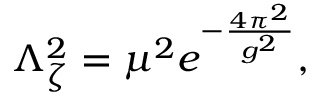
\Lambda _ { \zeta } ^ { 2 } = \mu ^ { 2 } e ^ { - \frac { 4 \pi ^ { 2 } } { g ^ { 2 } } } ,